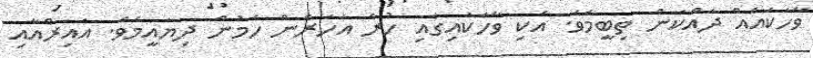
ވާހަކައެއް ދައްކަން ތިބީމެވެ. އެކި ވާހަކައިގައި ހުރެ އަހަރެން ހެމުން ދިޔައީމެވެ. އައިރްއާއި